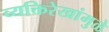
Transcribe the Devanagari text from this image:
व्यक्तिरेखांमुळे